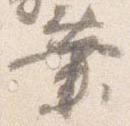
業